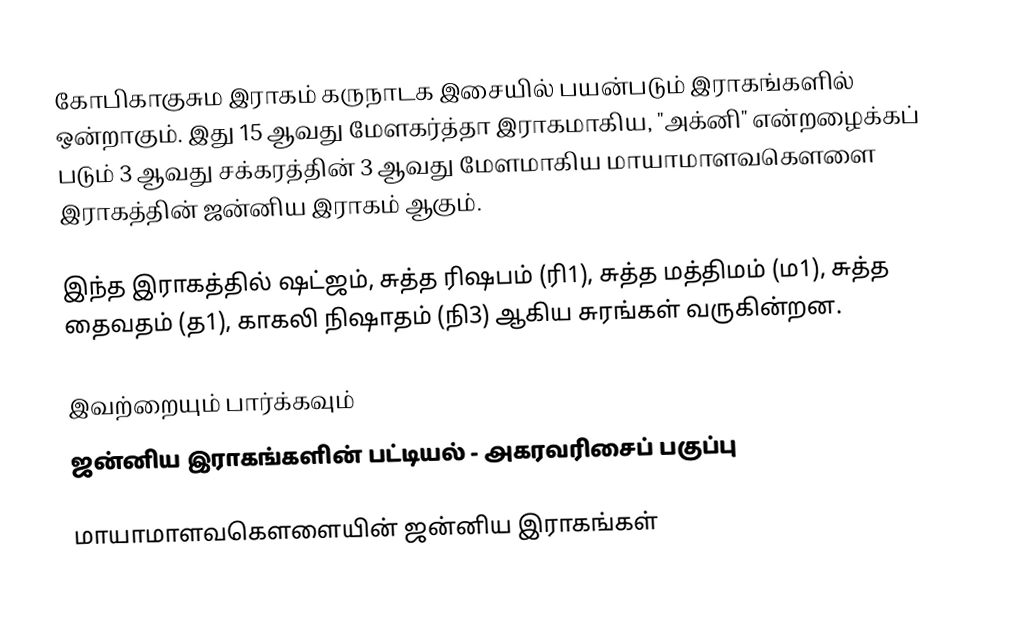
கோபிகாகுசும இராகம் கருநாடக இசையில் பயன்படும் இராகங்களில் ஒன்றாகும். இது 15 ஆவது மேளகர்த்தா இராகமாகிய, "அக்னி" என்றழைக்கப் படும் 3 ஆவது சக்கரத்தின் 3 ஆவது மேளமாகிய மாயாமாளவகௌளை இராகத்தின் ஜன்னிய இராகம் ஆகும்.

இந்த இராகத்தில் ஷட்ஜம், சுத்த ரிஷபம் (ரி1),  சுத்த மத்திமம் (ம1), சுத்த தைவதம் (த1), காகலி நிஷாதம்  (நி3) ஆகிய சுரங்கள் வருகின்றன.

இவற்றையும் பார்க்கவும்
 ஜன்னிய இராகங்களின் பட்டியல் - அகரவரிசைப் பகுப்பு

மாயாமாளவகௌளையின் ஜன்னிய இராகங்கள்